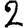
Digit: 2